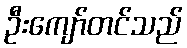
ဦးကျော်တင်သည်